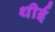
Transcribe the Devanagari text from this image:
थीई